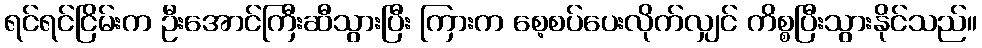
ရင်ရင်ငြိမ်းက ဦးအောင်ကြီးဆီသွားပြီး ကြားက စေ့စပ်ပေးလိုက်လျှင် ကိစ္စပြီးသွားနိုင်သည်။